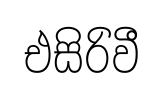
එසිරිවී